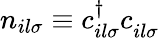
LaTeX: n_{il\sigma}\equiv c_{il\sigma}^{\dagger}c_{il\sigma}^{\vphantom{\dagger}}